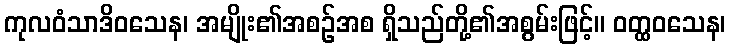
ကုလဝံသာဒိဝသေန၊ အမျိုး၏အစဉ်အစ ရှိသည်တို့၏အစွမ်းဖြင့်။ ဝတ္ထဝသေန၊